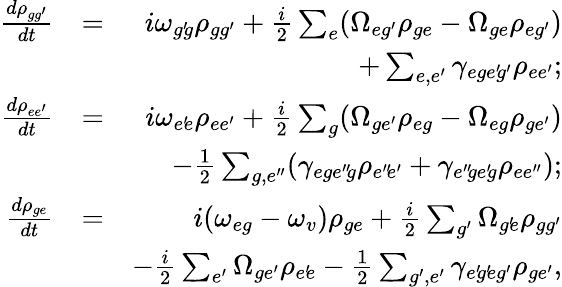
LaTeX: \begin{array}{rlr}{\frac{d\rho_{gg^{\prime}}}{dt}}&{=}&{i\omega_{g^{\prime}\! g}\rho_{gg^{\prime}}+\frac{i}{2}\sum_{e}(\Omega_{eg^{\prime}}\rho_{ge}-\Omega_{ge}\rho_{eg^{\prime}})}\\ &{}&{+\sum_{e,e^{\prime}}\gamma_{ege^{\prime}\! g^{\prime}}\rho_{ee^{\prime}};}\\ {\frac{d\rho_{ee^{\prime}}}{dt}}&{=}&{i\omega_{e^{\prime}\! e}\rho_{ee^{\prime}}+\frac{i}{2}\sum_{g}(\Omega_{ge^{\prime}}\rho_{eg}-\Omega_{eg}\rho_{ge^{\prime}})}\\ &{}&{-\frac{1}{2}\sum_{g,e^{\prime\prime}}(\gamma_{ege^{\prime\prime}\! g}\rho_{e^{\prime\prime}\! e^{\prime}}+\gamma_{e^{\prime\prime}\! ge^{\prime}\! g}\rho_{ee^{\prime\prime}});}\\ {\frac{d\rho_{ge}}{dt}}&{=}&{i(\omega_{eg}-\omega_{v})\rho_{ge}+\frac{i}{2}\sum_{g^{\prime}}\Omega_{g^{\prime}\! e}\rho_{gg^{\prime}}}\\ &{}&{-\frac{i}{2}\sum_{e^{\prime}}\Omega_{ge^{\prime}}\rho_{e^{\prime}\! e}-\frac{1}{2}\sum_{g^{\prime},e^{\prime}}\gamma_{e^{\prime}\! g^{\prime}\! eg^{\prime}}\rho_{ge^{\prime}},}\end{array}